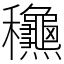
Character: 𥤚